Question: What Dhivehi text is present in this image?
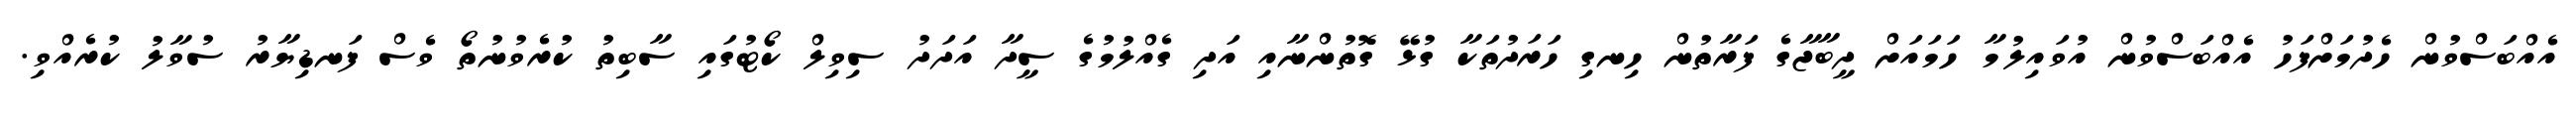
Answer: އެއްބަސްވުން ހެދުމަށްފަހު އެއްބަސްވުން އުވައިލުމާ ހަމައަށް ދީބާޖާގެ ފަރާތުން ހިނގި ހަރަދުތަކާ ގުޅޭ ގޮތުންނާއި އަދި ގެއްލުމުގެ ސީދާ އަދަދު ސިވިލް ކޯޓުގައި ސާބިތު ކުރެވުނުތޯ ވެސް ފަނޑިޔާރު ސުވާލު ކުރެއްވި.